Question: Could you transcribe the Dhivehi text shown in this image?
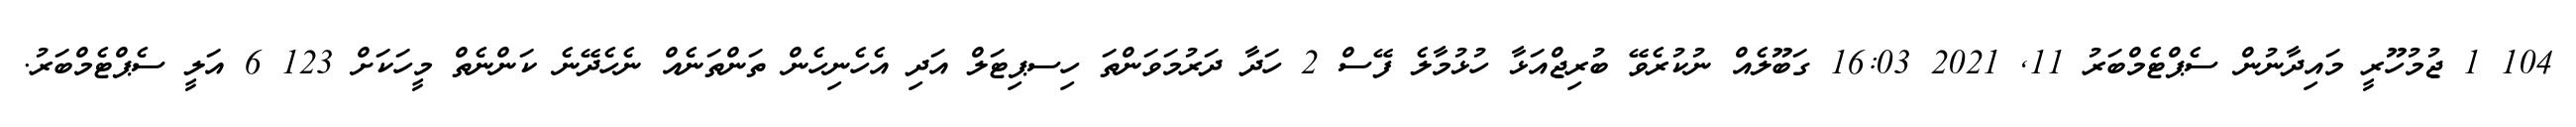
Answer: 104 1 ޖުމުހޫރީ މައިދާނުން ސެޕްޓެމްބަރު 11, 2021 16:03 ގަބޫލެއް ނުކުރެވޭ ބުރިޖްއަޅާ ހުޅުމާލެ ފޭސް 2 ހަދާ ދަރުމަވަންތަ ހިސޕިޓަލް އަދި އެހެނިހެން ތަންތަނެއް ނެހެދޭނެ ކަންނެތް މީހަކަށް 123 6 އަލީ ސެޕްޓެމްބަރު.